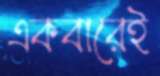
একবারেই